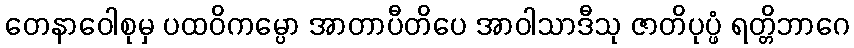
တေနာဝေါစုမှ ပထဝိကမ္ပော အာတာပီတိပေ အာဝါသာဒီသု ဇာတိပုပ္ဖံ ရတ္တိဘာဂေ